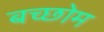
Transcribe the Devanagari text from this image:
बच्छोम